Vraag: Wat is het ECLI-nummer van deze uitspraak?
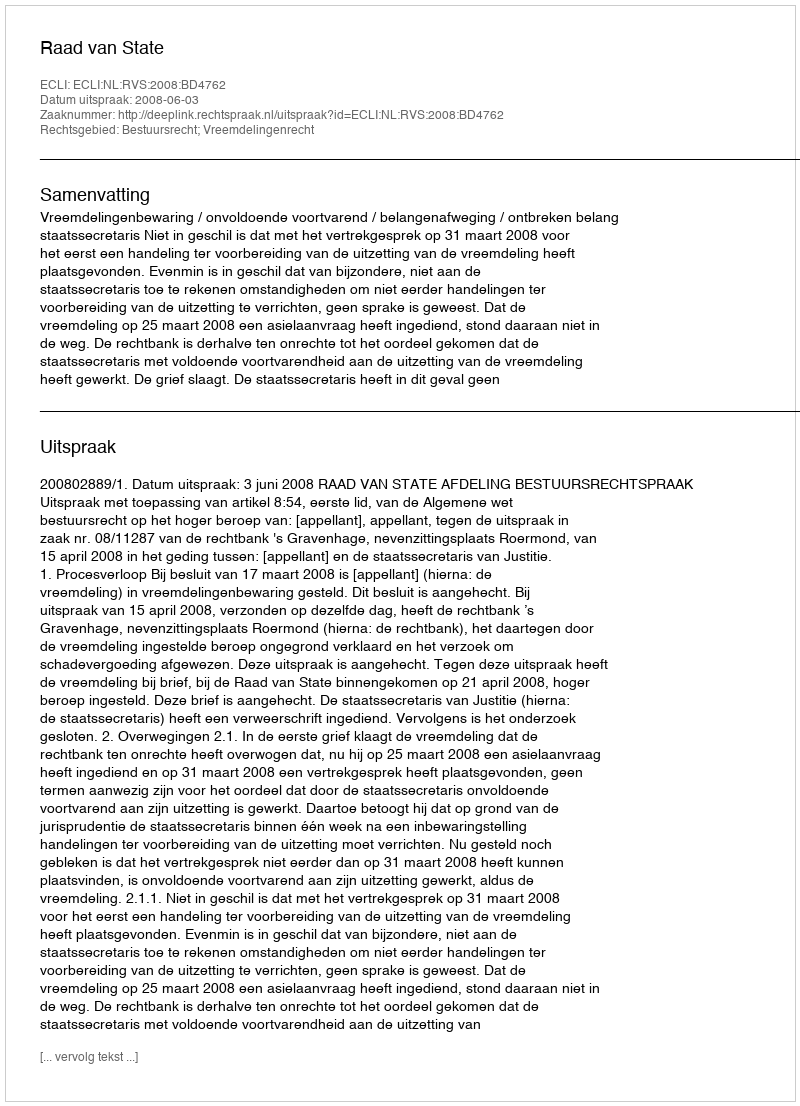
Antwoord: ECLI:NL:RVS:2008:BD4762